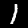
Digit: 1